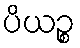
ပိယဉ္စ